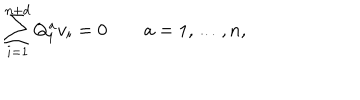
\sum _ { i = 1 } ^ { n + d } Q _ { i } ^ { a } v _ { i } = 0 \qquad a = 1 , \ldots , n ,